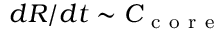
d R / d t \sim C _ { \mathrm { ~ c ~ o ~ r ~ e ~ } }